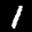
Digit: 1